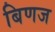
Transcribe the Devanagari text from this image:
बिणज